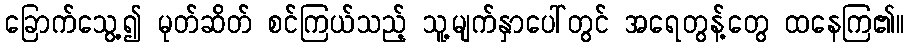
ခြောက်သွေ့၍ မုတ်ဆိတ် စင်ကြယ်သည့် သူ့မျက်နှာပေါ်တွင် အရေတွန့်တွေ ထနေကြ၏။